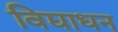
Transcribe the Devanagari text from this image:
विद्याधन